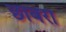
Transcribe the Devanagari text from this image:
छाबरा